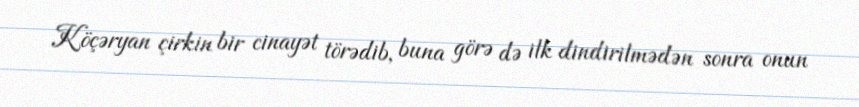
Köçəryan çirkin bir cinayət törədib, buna görə də ilk dindirilmədən sonra onun